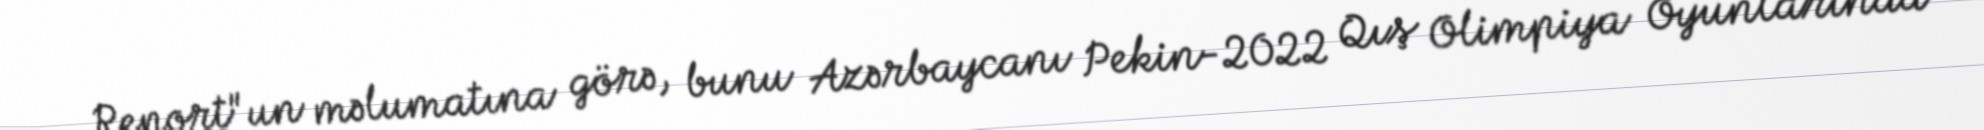
Report"un məlumatına görə, bunu Azərbaycanı Pekin-2022 Qış Olimpiya Oyunlarında